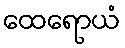
ထေရောယံ